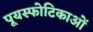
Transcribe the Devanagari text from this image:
पूयस्फोटिकाओं